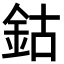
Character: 鈷